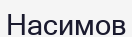
Насимов